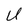
Character: U